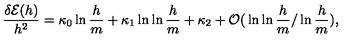
{ \frac { \delta { \cal E } ( h ) } { h ^ { 2 } } } = \kappa _ { 0 } \ln { \frac { h } { m } } + \kappa _ { 1 } \ln \ln { \frac { h } { m } } + \kappa _ { 2 } + { \cal O } { \mathrm { \Large ( } } \ln \ln { \frac { h } { m } } { \mathrm { \Large / } } \ln { \frac { h } { m } } { \mathrm { \Large ) } } ,